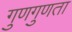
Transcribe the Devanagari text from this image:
गुणगुणता